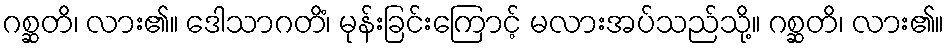
ဂစ္ဆတိ၊ လား၏။ ဒေါသာဂတိံ၊ မုန်းခြင်းကြောင့် မလားအပ်သည်သို့။ ဂစ္ဆတိ၊ လား၏။